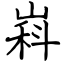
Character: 嵙